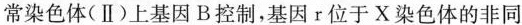
常染色体（II）上基因B控制，基因r位于X染色体的非同